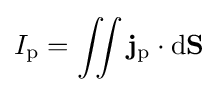
I_{\mathrm {p} }=\iint \mathbf {j} _{\mathrm {p} }\cdot \mathrm {d} \mathbf {S}